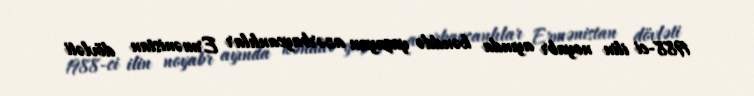
1988-ci ilin noyabr ayında kənddə yaşayan azərbaycanlılar Ermənistan dövləti